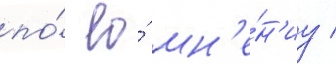
по́ ео́ мн'е́н'иу /